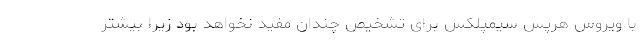
با ویروس هرپس سیمپلکس برای تشخیص چندان مفید نخواهد بود زیرا بیشتر